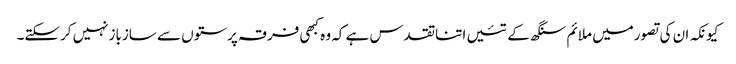
کیونکہ ان کی تصورمیں ملائم سنگھ کے تئیں اتناتقدس ہے کہ وہ کبھی فرقہ پرستوں سے سازبازنہیں کرسکتے۔